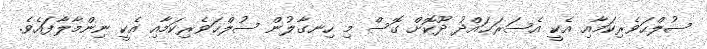
ސުލްޙަވެެރިކަމާއި އެކީ އެސަރަޙައްދު ދޫކޮށް ގޮސް މި ހިނގާލުން ސުލްޙަވެރިކަމާއި އެކީ ނިންމާލާފައެވެ.